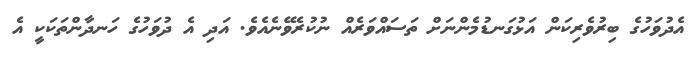
އެދުވަހުގެ ބިރުވެރިކަން އަޅުގަނޑުމެންނަށް ތަސައްވަރެއް ނުކުރެވޭނެއެވެ. އަދި އެ ދުވަހުގެ ހަނދާންތަކަކީ އެ